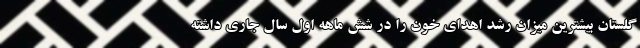
گلستان بیشترین میزان رشد اهدای خون را در شش ماهه اول سال جاری داشته